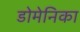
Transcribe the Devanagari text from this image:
डोमेनिका